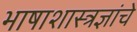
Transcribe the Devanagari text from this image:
भाषाशास्त्रज्ञांचे